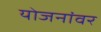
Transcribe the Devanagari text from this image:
योजनांवर